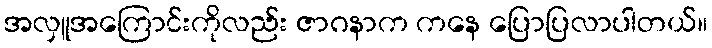
အလှူအကြောင်းကိုလည်း ဇာဂနာက ကနေ ပြောပြလာပါတယ်။